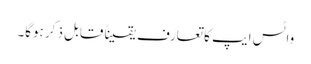
واٹس ایپ کا تعارف یقیناً قابل ذکر ہوگا۔